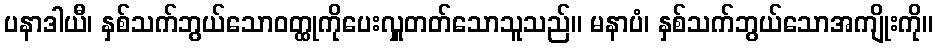
ပနာဒါယီ၊ နှစ်သက်ဘွယ်သောဝတ္ထုကိုပေးလှူတတ်သောသူသည်။ မနာပံ၊ နှစ်သက်ဘွယ်သောအကျိုးကို။